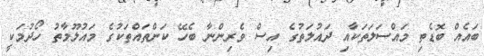
ބައެއް ބޮޑެތި މައްސަލަތަކާއި ދައުލަތުގެ އިސް ވެރިންނާ ބެހޭ ކަންތައްތަކުގެ މައުލޫމާތު ހޯދުމަކީ